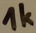
Text: 1K